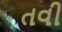
તવી